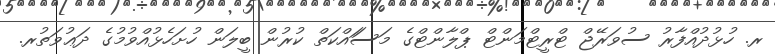
ރ. ހުޅުދުއްފާރު ސުވަރޭޖް ޓްރީޓްމަންޓް ޕްލާންޓްގެ މަސަައްކަތް ކުރުން ބީލަން ހުށަހެޅުއްވުމުގެ ދަޢުވަތުރ.